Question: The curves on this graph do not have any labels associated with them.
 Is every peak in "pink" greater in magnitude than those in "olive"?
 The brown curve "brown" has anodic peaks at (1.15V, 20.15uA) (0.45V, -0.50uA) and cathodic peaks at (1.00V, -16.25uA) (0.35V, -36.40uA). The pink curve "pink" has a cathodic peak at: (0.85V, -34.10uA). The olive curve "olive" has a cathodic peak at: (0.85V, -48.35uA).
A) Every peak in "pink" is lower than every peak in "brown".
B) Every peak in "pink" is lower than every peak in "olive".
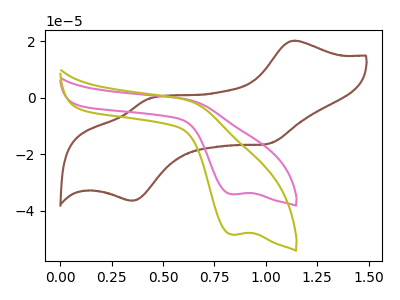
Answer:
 <answer>B) Every peak in "pink" is lower than every peak in "olive".</answer>
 <eval>B</eval>